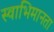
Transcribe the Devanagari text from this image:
स्वाभिमानता